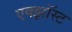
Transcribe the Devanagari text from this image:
एक्झॉस्ट